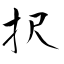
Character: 択